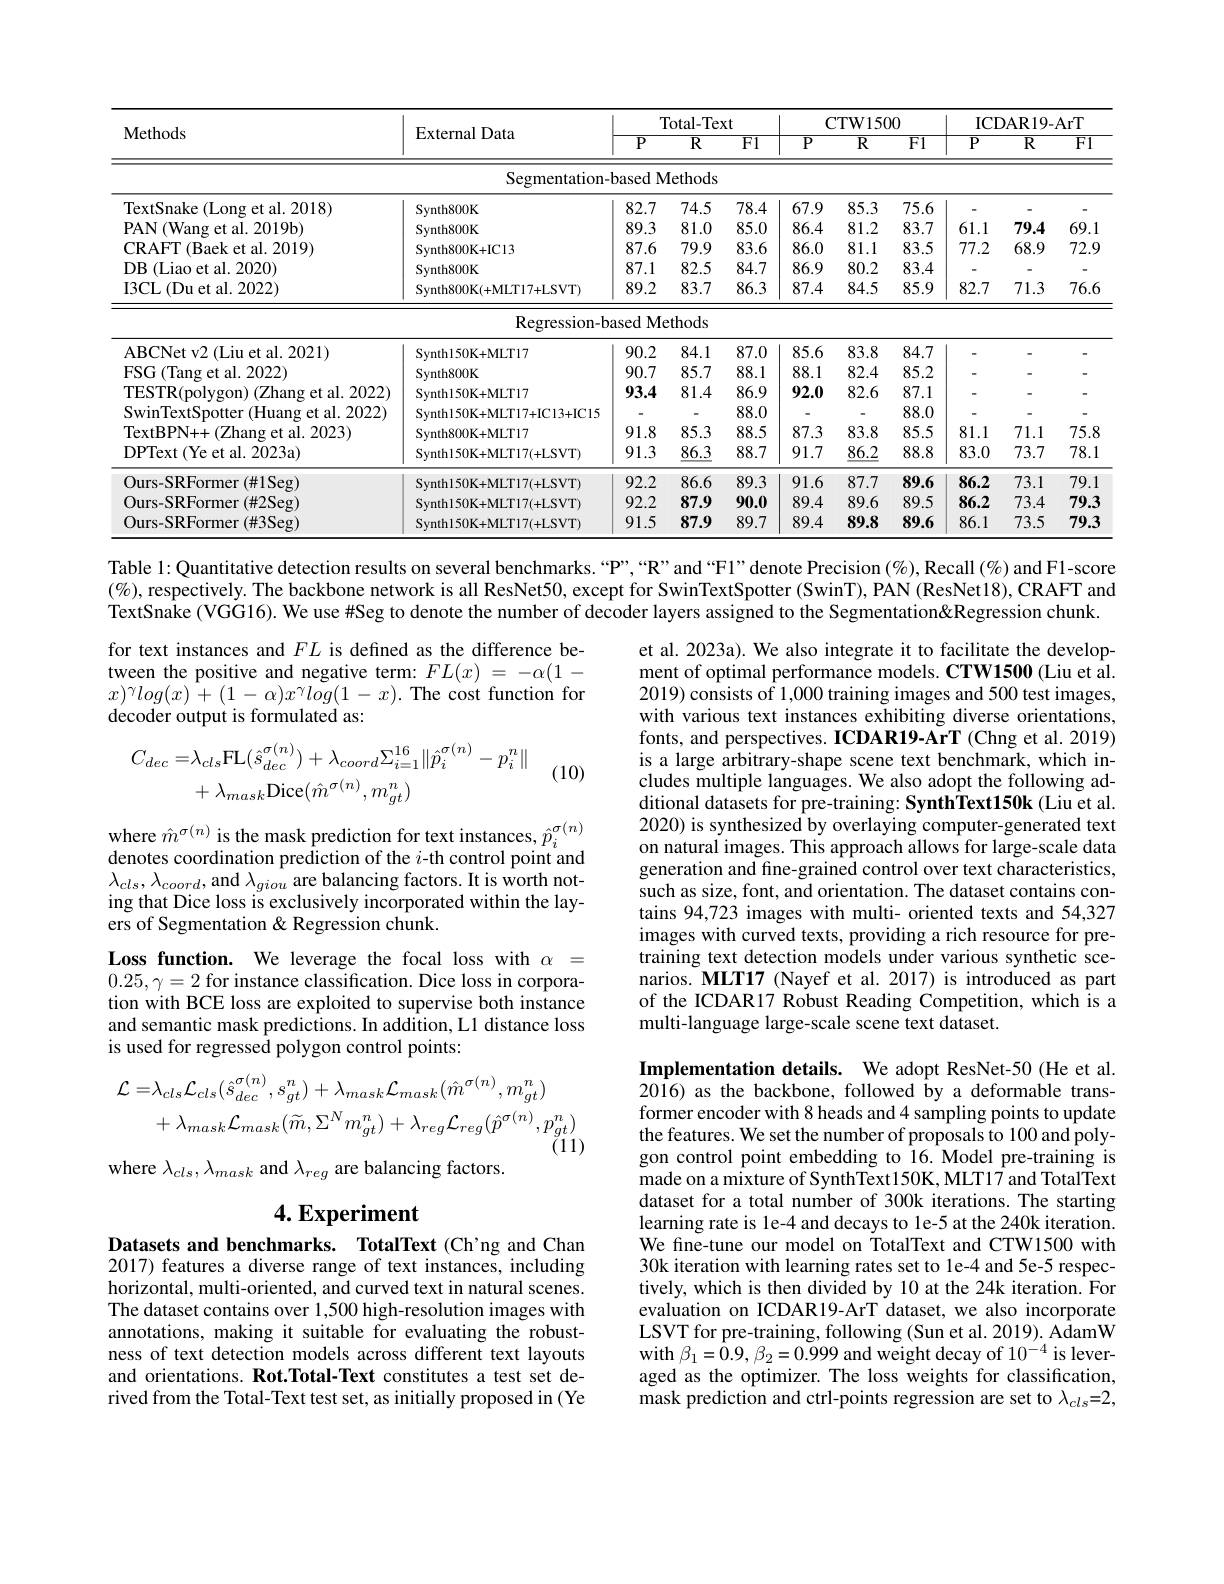
<table>
	<tbody>
		<tr>
			<th rowspan="2">Methods</th>
			<th rowspan="2">External Data</th>
			<th colspan="3">Total-Text</th>
			<th> </th>
			<th colspan="2">CTW1500</th>
			<th colspan="3">ICDAR19- ArT</th>
		</tr>
		<tr>
			<th>$\overline{P}$</th>
			<th>$\overline{\mathbb{R}}$</th>
			<th>$\overline{F1}$</th>
			<th>$\overline{P}$</th>
			<th>$\overline{\mathbb{R}}$</th>
			<th>$\overline{F1}$</th>
			<th>$\overline{P}$</th>
			<th>$\overline{\mathbb{R}}$</th>
			<th>$\overline{F1}$</th>
		</tr>
		<tr>
			<td> </td>
			<td>Segmentation-</td>
			<td>based M</td>
			<td>${\mathrm{Iethods}}$</td>
			<td> </td>
			<td> </td>
			<td> </td>
			<td> </td>
			<td> </td>
			<td> </td>
			<td> </td>
		</tr>
		<tr>
			<td>TextSnake (Long et al. 2018)</td>
			<td>Synth800K</td>
			<td>82.7</td>
			<td>74.5</td>
			<td>78.4</td>
			<td>67.9</td>
			<td>85.3</td>
			<td>75.6</td>
			<td> </td>
			<td> </td>
			<td>-</td>
		</tr>
		<tr>
			<td>PAN ( Wang et al. 2019b) </td>
			<td>Synth800K</td>
			<td>89.3</td>
			<td>81.0</td>
			<td>85.0</td>
			<td>86.4</td>
			<td>81.2</td>
			<td>83.7</td>
			<td>61.1</td>
			<td>79.4</td>
			<td>69.1</td>
		</tr>
		<tr>
			<td>CRAFT ( Baek et al. 2019) </td>
			<td>Synth800K+ IC13</td>
			<td>87.6</td>
			<td>79.9</td>
			<td>83.6</td>
			<td>86.0</td>
			<td>81.1</td>
			<td>83.5</td>
			<td>77.2</td>
			<td>68.9</td>
			<td>72.5</td>
		</tr>
		<tr>
			<td>DB (Liao et al. 2020)</td>
			<td>Synth800K</td>
			<td>87.1</td>
			<td>82.5</td>
			<td>84.7</td>
			<td>86.9</td>
			<td>80.2</td>
			<td>83.4</td>
			<td>-</td>
			<td> </td>
			<td>-</td>
		</tr>
		<tr>
			<td>$\operatorname{I3CL}($Du et al. 2022)</td>
			<td>Synth800K( + MLT17+ LSVT) </td>
			<td>89.2</td>
			<td>83.7</td>
			<td>86.3</td>
			<td>87.4</td>
			<td>84.5</td>
			<td>85.9</td>
			<td>82.7</td>
			<td>71.3</td>
			<td>76.6</td>
		</tr>
		<tr>
			<td> </td>
			<td>Regression- b</td>
			<td>ased Me</td>
			<td>{:}thods</td>
			<td> </td>
			<td> </td>
			<td> </td>
			<td> </td>
			<td> </td>
			<td> </td>
			<td> </td>
		</tr>
		<tr>
			<td>ABCNet v2 ( Liu et al. 2021) </td>
			<td>$Synth150K+MLT17$</td>
			<td>90.2</td>
			<td>84.1</td>
			<td>87.0</td>
			<td>$85.\epsilon$</td>
			<td>83.8</td>
			<td>84.7</td>
			<td>一</td>
			<td>-</td>
			<td>-</td>
		</tr>
		<tr>
			<td>FSG (Tang et al. 2022)</td>
			<td>Svnth800K</td>
			<td>90.7</td>
			<td>85.7</td>
			<td>88.1</td>
			<td>88.1</td>
			<td>82.4</td>
			<td>85.2</td>
			<td> </td>
			<td> </td>
			<td>-</td>
		</tr>
		<tr>
			<td>(Zhang et al. 2022) TESTR(polvgon)</td>
			<td>Svnthl50K+MLT17</td>
			<td>93.4</td>
			<td>81.4</td>
			<td>86.9</td>
			<td>92.0</td>
			<td>82.6</td>
			<td>87.1</td>
			<td> </td>
			<td> </td>
			<td>-</td>
		</tr>
		<tr>
			<td>SwinTextSpotter (Huang et al. 2022)</td>
			<td>Synthl50K+ MLT17+ IC13+ IC15</td>
			<td> </td>
			<td> </td>
			<td>88.0</td>
			<td> </td>
			<td> </td>
			<td>88.0</td>
			<td> </td>
			<td> </td>
			<td>-</td>
		</tr>
		<tr>
			<td>TextBPN+ + ( Zhang et al. 2023) </td>
			<td>$Synth800K+MLT17$</td>
			<td>91.8</td>
			<td>85.3</td>
			<td>88.5</td>
			<td>87.3</td>
			<td>83.8</td>
			<td>85.5</td>
			<td>81.1</td>
			<td>71.1</td>
			<td>75.8</td>
		</tr>
		<tr>
			<td>${\mathrm{DPText~(Ye~et~al.~2023a)}}$</td>
			<td>Synth150K+ MLT17( + LSVT) </td>
			<td>91.3</td>
			<td>$\underline{86.3}$</td>
			<td>88.7</td>
			<td>91.7</td>
			<td>$\underline{86.2}$</td>
			<td>88.8</td>
			<td>83.0</td>
			<td>73.7</td>
			<td>78.1</td>
		</tr>
		<tr>
			<td>Ours-SRFormer(#1Seg)</td>
			<td>Synth150K+MLT17(+LSVT)</td>
			<td>92.2</td>
			<td>86.6</td>
			<td>89.3</td>
			<td>91.6</td>
			<td>87.7</td>
			<td>89.6</td>
			<td>86.2</td>
			<td>73.1</td>
			<td>79.1</td>
		</tr>
		<tr>
			<td>Ours-SRFormer(#2Seg)</td>
			<td>Synth150K+MLT17(+LSVT)</td>
			<td>92.2</td>
			<td>87.9</td>
			<td>90.0</td>
			<td>89.4</td>
			<td>89.6</td>
			<td>89.5</td>
			<td>86.2</td>
			<td>73.4</td>
			<td>79.3</td>
		</tr>
		<tr>
			<td>Ours-SRFormer(#3Seg)</td>
			<td>Synth150K+MLT17(+LSVT)</td>
			<td>91.5</td>
			<td>87.9</td>
			<td>89.7</td>
			<td>89.4</td>
			<td>89.8</td>
			<td>89.6</td>
			<td>86.1</td>
			<td>73.5</td>
			<td>79.3</td>
		</tr>
	</tbody>
</table>

Table 1: Quantitative detection results on several benchmarks.“P”,“R”and“Fl”denote Precision(%), Recall (%) and Fl-score $( \% ) $,respectively. The backbone network is all ResNet50, except for SwinTextSpotter ( SwinT) , PAN ( ResNet18) , CRAFT and TextSnake (VGG16). We use #Seg to denote the number of decoder layers assigned to the Segmentation&Regression chunk.

for text instances and $FL$ is defined as the difference between the positive and negative term: $FL(x)=-\alpha(1-$ $x)^{\gamma}log(x)^{\:}+(1-\alpha)x^{\gamma}log(1-x).$The cost function for decoder output is formulated as:
$$\begin{aligned}C_{dec}=&\lambda_{cls}\mathrm{FL}(\hat{s}_{dec}^{\sigma(n)})+\lambda_{coord}\Sigma_{i=1}^{16}\|\hat{p}_{i}^{\sigma(n)}-p_{i}^{n}\|\\&+\lambda_{mask}\mathrm{Dice}(\hat{m}^{\sigma(n)},m_{gt}^{n})\end{aligned}$$
(10)

et al. 2023a). We also integrate it to facilitate the development of optimal performance models. CTW1500 (Liu et al. 2019) consists of 1,000 training images and 500 test images, with various text instances exhibiting diverse orientations, fonts, and perspectives. ICDAR19-ArT (Chng et al. 2019) is a large arbitrary-shape scene text benchmark, which includes multiple languages. We also adopt the following additional datasets for pre-training: SynthText150k (Liu et al. 2020) is synthesized by overlaying computer-generated text on natural images. This approach allows for large-scale data generation and fine-grained control over text characteristics, such as size, font, and orientation. The dataset contains contains 94,723 images with multi- oriented texts and 54,327 images with curved texts, providing a rich resource for pretraining text detection models under various synthetic scenarios. MLT17 (Nayef et al. 2017) is introduced as part of the ICDAR17 Robust Reading Competition, which is a multi-language large-scale scene text dataset.

where $\hat{m}^{\sigma(n)}$ is the mask prediction for text instances, $\hat{p}_i^{\sigma(n)}$ denotes coordination prediction of the $i$-th control point and $\lambda_{cls},\lambda_{coord}$,and $\lambda_giou$ are balancing factors. It is worth noting that Dice loss is exclusively incorporated within the layers of Segmentation &Regression chunk.
Loss function. We leverage the focal loss with $\alpha=$ $0.25,\gamma=2$ for instance classification. Dice loss in corporation with BCE loss are exploited to supervise both instance and semantic mask predictions. In addition, L1 distance loss is used for regressed polygon control points:
$$\begin{aligned}\mathcal{L}=&\lambda_{cls}\mathcal{L}_{cls}(\hat{s}_{dec}^{\sigma(n)},s_{gt}^{n})+\lambda_{mask}\mathcal{L}_{mask}(\hat{m}^{\sigma(n)},m_{gt}^{n})\\&+\lambda_{mask}\mathcal{L}_{mask}(\widetilde{m},\Sigma^{N}m_{gt}^{n})+\lambda_{reg}\mathcal{L}_{reg}(\hat{p}^{\sigma(n)},p_{gt}^{n})\end{aligned}$$
where $\lambda_{cls},\lambda_{mask}$ and $\lambda_{reg}$ are balancing factors.

# 4. Experiment

Implementation details. We adopt ResNet-50 (He et al. 2016) as the backbone, followed by a deformable transformer encoder with 8 heads and 4 sampling points to update the features. We set the number of proposals to 100 and polygon control point embedding to 16.Model pre-training is made on a mixture of SynthText150K, MLT17 and TotalText dataset for a total number of 300k iterations. The starting learning rate is le-4 and decays to 1e-5 at the 240k iteration We fine-tune our model on TotalText and CTW1500 with 30k iteration with learning rates set to 1e-4 and 5e-5 respectively, which is then divided by 10 at the 24k iteration. For evaluation on ICDAR19-ArT dataset, we also incorporate LSVT for pre-training, following (Sun et al. 2019). AdamW with $\beta_{1}=\hat{0}.9,\beta_{2}=0.999$ and weight decay of $10^{-4}$ is leveraged as the optimizer. The loss weights for classification, mask prediction and ctrl-points regression are set to $\lambda_cls=2$,

Datasets and benchmarks. TotalText (Ch'ng and Chan 2017) features a diverse range of text instances, including horizontal, multi-oriented, and curved text in natural scenes. The dataset contains over 1,500 high-resolution images with annotations, making it suitable for evaluating the robustness of text detection models across different text layouts and orientations. Rot.Total-Text constitutes a test set derived from the Total-Text test set, as initially proposed in (Ye